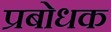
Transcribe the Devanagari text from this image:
प्रबोधक